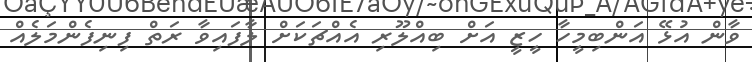
ވާން އުޅޭ އަންބިމީހާ ހީޒީ އަށް ބިއްލޫރި އެއްޗަކަށް ލާފައިވާ ރަތް ފިނިފެންމަލެއް